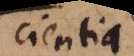
stentia